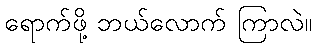
ရောက်ဖို့ ဘယ်လောက် ကြာလဲ။